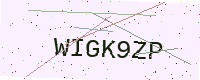
Text: WIGK9ZP